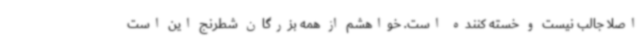
اصلا جالب نیست و خسته کننده است. خواهشم از همه بزرگان شطرنج این است